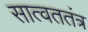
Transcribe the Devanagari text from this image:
सात्वततंत्र